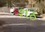
શઠ